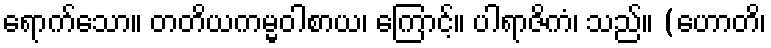
ရောက်သော။ တတိယကမ္မဝါစာယ၊ ကြောင့်။ ပါရာဇိကံ၊ သည်။ (ဟောတိ၊